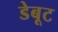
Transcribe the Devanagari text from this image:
डेबूट